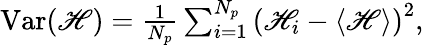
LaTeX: \begin{array}{r}{\operatorname{Var}(\mathscr{H})=\frac{1}{N_{p}}\sum_{i=1}^{N_{p}}\left(\mathscr{H}_{i}-\left\langle\mathscr{H}\right\rangle\right)^{2},}\end{array}